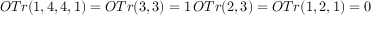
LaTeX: O T r ( 1 , 4 , 4 , 1 ) = O T r ( 3 , 3 ) = 1 \, O T r ( 2 , 3 ) = O T r ( 1 , 2 , 1 ) = 0